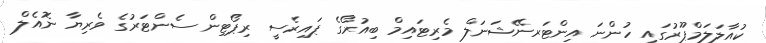
ކުއާލަލަމްޕޫރުގައި ހުންނަ އިންޓަރނޭޝަނަލް މެރިޓައިމް ބިއުރޯގެ ޕައިރެސީ ރިޕޯޓިން ސެންޓަރުގެ ވެރިޔާ ނޮއެލް